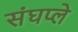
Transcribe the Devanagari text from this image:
संघप्ले